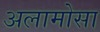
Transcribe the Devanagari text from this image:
अलामोसा